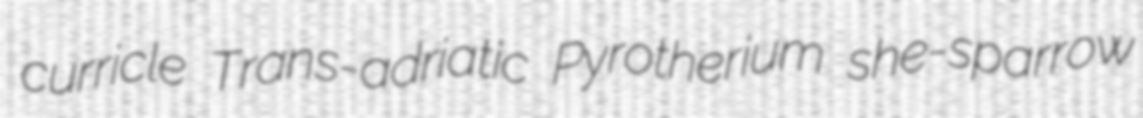
curricle Trans-adriatic Pyrotherium she-sparrow